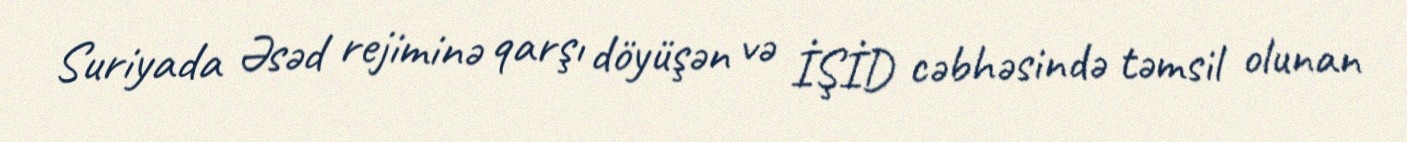
Suriyada Əsəd rejiminə qarşı döyüşən və İŞİD cəbhəsində təmsil olunan